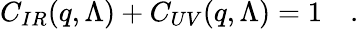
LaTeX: C_{IR}(q,\Lambda)+C_{UV}(q,\Lambda)=1\quad.